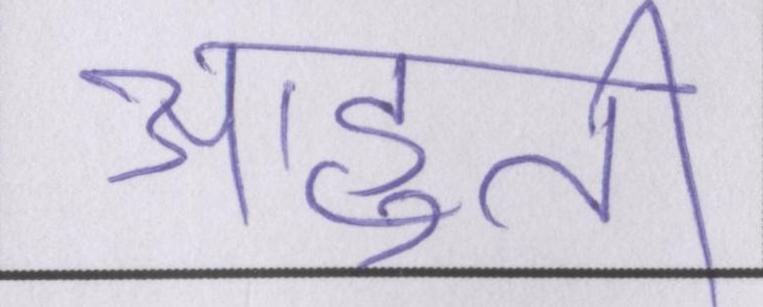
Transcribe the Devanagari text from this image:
आहुति